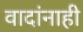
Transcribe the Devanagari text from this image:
वादांनाही